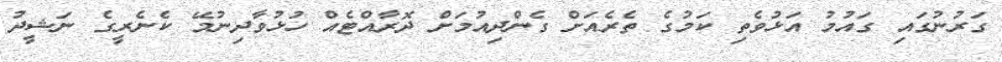
ގަރުނުގައި ގައުމު އަޅުވެތި ކަމުގެ ތެރެއަށް ގެންދިއުމަށް ދޮރާއްޓެއް ހުޅުވާދިނުމޭ ކެނެރީގެ ނަޝީދު